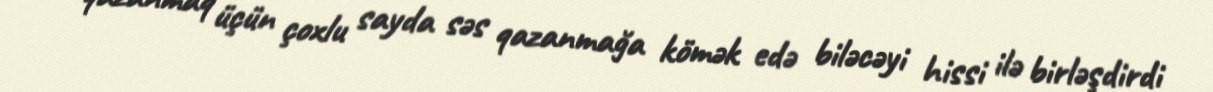
qazanmaq üçün çoxlu sayda səs qazanmağa kömək edə biləcəyi hissi ilə birləşdirdi